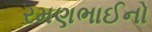
રમણભાઈનો